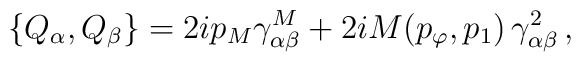
\{Q_\alpha,Q_\beta\}=2ip_M\gamma^M_{\alpha\beta}+2iM(p_\varphi,p_1)\,\gamma^2_{\alpha\beta}\,,